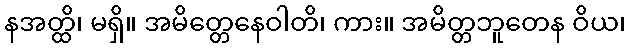
နအတ္ထိ၊ မရှိ။ အမိတ္တေနေဝါတိ၊ ကား။ အမိတ္တဘူတေန ဝိယ၊